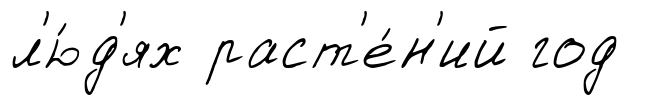
л'ю́д'ях раст'е́н'ий год